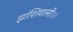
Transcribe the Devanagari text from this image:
झांशिवाली।।